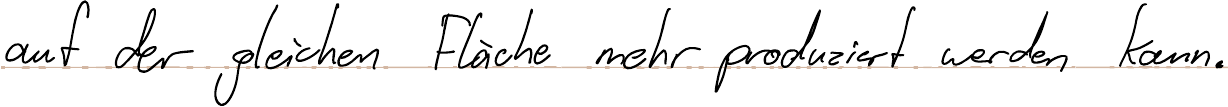
auf der gleichen Fläche mehr produziert werden kann.